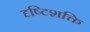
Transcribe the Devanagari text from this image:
दृष्टिशक्ति